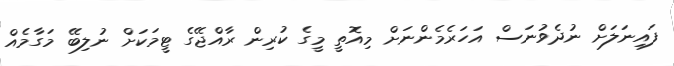
ފައިނަލަށް ނުދެވުނަސް އަހަރެމެންނަށް މިއޮތީ މީގެ ކުރިން ރާއްޖޭގެ ޓީމަކަށް ނުލިބޭ މަގާމެއް